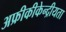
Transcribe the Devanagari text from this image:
अफ्रीकीकेन्द्रीयता